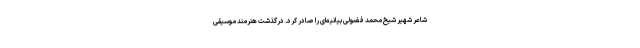
شاعر شهیر شیخ محمد فضولی بیانیه‌ای را صادر کرد. درگذشت هنرمند موسیقی